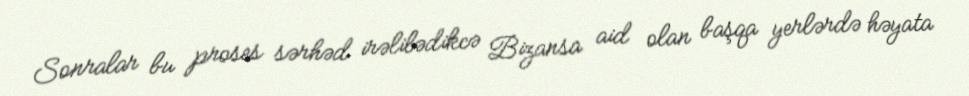
Sonralar bu proses sərhəd irəlilədikcə Bizansa aid olan başqa yerlərdə həyata